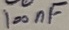
Text: 100nF